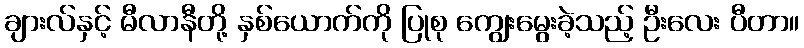
ချားလ်နှင့် မီလာနီတို့ နှစ်ယောက်ကို ပြုစု ကျွေးမွေးခဲ့သည့် ဦးလေး ပီတာ။